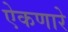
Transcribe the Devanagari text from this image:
ऐकणारे